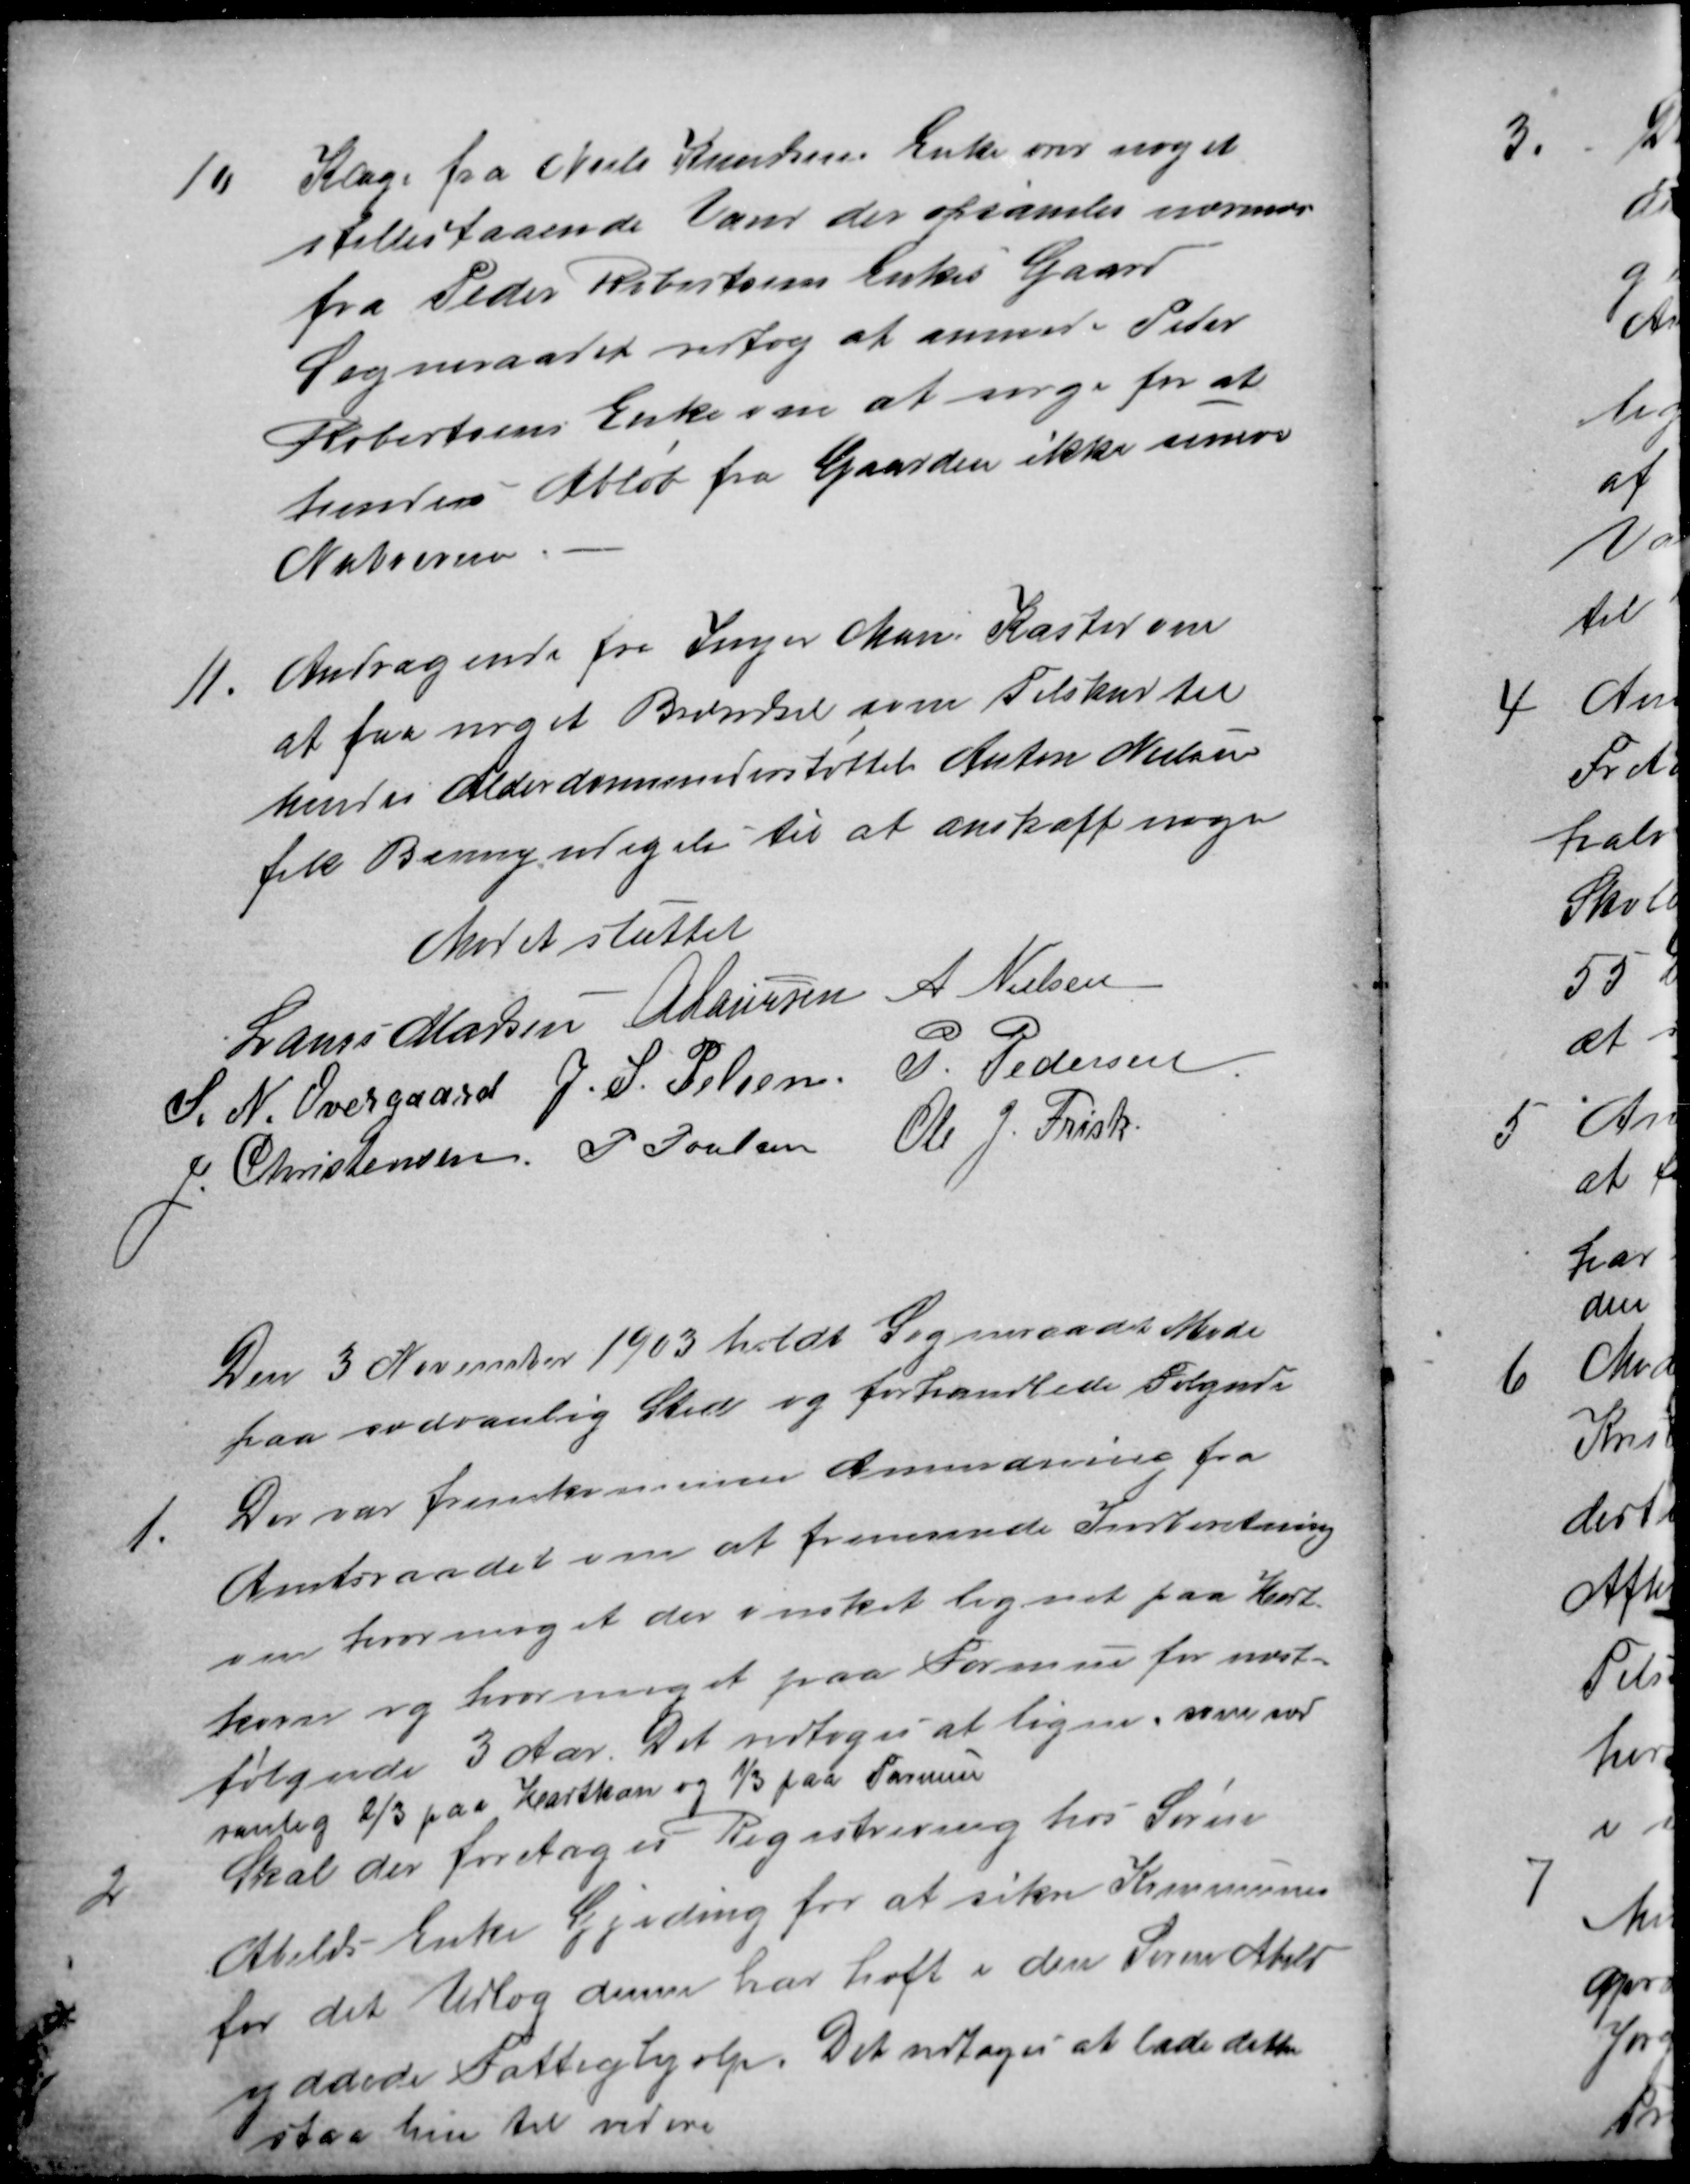
Transskription:
10
Klage fra Niels Knudsens Enke over noget
stillestaaende Vand der opsamles nærmere
fra Peder Robertsens Enkes Gaard
Sogneraadet vedtog at anmode Peder
Robertsens Enke om at sørge for at
hendes Afløb fra Gaarden ikke sinere
Naboerne
11
Andragende fra Inger Mari Kasted om
at faa noget Brændsel som Tilskud til
hendes Alderdomsunderstøttels Anton Nielsen
fik Bemyndigelse til at anskaffe nogen
Mødet sluttet
Laurs Madsen A Laursen A Nielsen
S. N. Overgaard J. S. Pelsen P. Pedersen
J Christensen P Poulsen
Ole J. Frisk
Den 3 November 1903 holdt Sogneraadet Møde
paa sædvanlig Sted og forhandlede Følgende
1.
Der var fremkommen Anmodning fra
Amtsraadet om at fremsende Indberetning
om hvormeget der ønsket lignet paa Hart
korn og hvormeget paa Formue for næst-
følgende 3 Aar. Det vedtoges at ligne som sæd
vanlig ⅔ paa Hartkorn og ⅓ paa Formue
2
Skal der foretages Registrering hos Søren
Abilds Enke Gjeding for at sikre Kommunen
for det Udlæg denne har haft i den Søren Abild
yddede Fattighjælp. Det vedtoges at lade dette
staa hen til videre